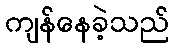
ကျန်နေခဲ့သည်